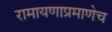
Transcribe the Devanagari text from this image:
रामायणाप्रमाणेच